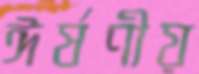
ঈর্ষণীয়